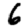
Digit: 6